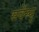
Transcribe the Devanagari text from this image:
सर्वेस्यु